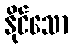
နိုင်သော